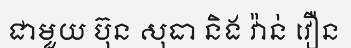
ជាមួយ ប៊ុន សុធា និង វ៉ាន់ វឿន